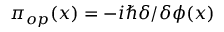
\pi _ { o p } ( x ) = - i \hbar \delta / \delta \phi ( x )